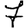
Digit: 7